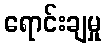
ရောင်းချမှု